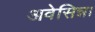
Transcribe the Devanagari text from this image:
अवेसिन्ना